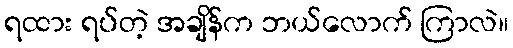
ရထား ရပ်တဲ့ အချိန်က ဘယ်လောက် ကြာလဲ။